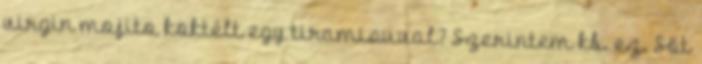
virgin mojito koktélt egy tiramisuval? Szerintem kb. ez. Sőt